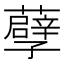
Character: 𮒶